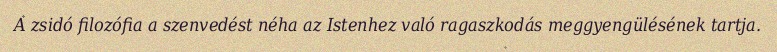
A zsidó filozófia a szenvedést néha az Istenhez való ragaszkodás meggyengülésének tartja.